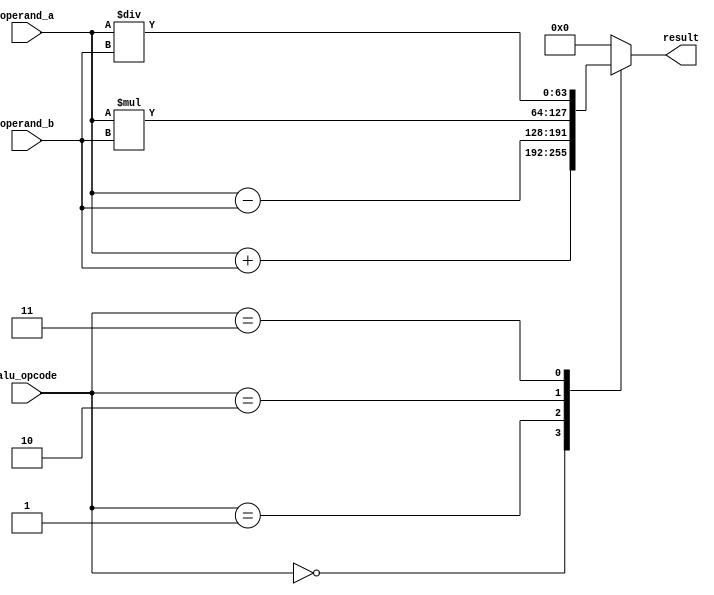
module ALU (
    input wire [63:0] operand_a,
    input wire [63:0] operand_b,
    input wire [2:0] alu_opcode,
    output reg [63:0] result
);

always @(*) begin
    case(alu_opcode)
        3'b000: result = operand_a + operand_b; // addition operation
        3'b001: result = operand_a - operand_b; // subtraction operation
        3'b010: result = operand_a * operand_b; // multiplication operation
        3'b011: result = operand_a / operand_b; // division operation
        // other operations can be added as needed
        default: result = 64'h0; // default to 0
    endcase
end

endmodule